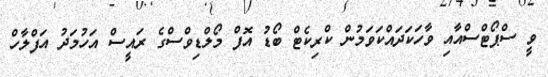
ވީ ސްޕޯޓްސްއާއި ވާހަކަދައްކަވަމުން ކްރިކެޓް ބޯޑު އޮފް މޯލްޑިވްސްގެ ރައީސް އަހުމަދު އަފްލާހް